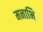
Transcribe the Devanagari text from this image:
मनाभि